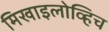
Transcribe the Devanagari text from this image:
मिखाइलोव्हिच